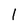
Character: 1